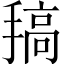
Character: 𢲤